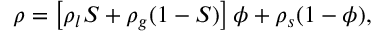
\rho = \left[ \rho _ { l } S + \rho _ { g } ( 1 - S ) \right] \phi + \rho _ { s } ( 1 - \phi ) ,